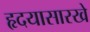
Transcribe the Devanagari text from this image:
हृदयासारखे